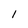
Character: l